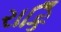
રાકિ